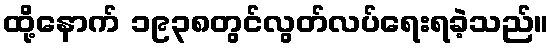
ထို့နောက် ၁၉၃၈တွင်လွတ်လပ်ရေးရခဲ့သည်။